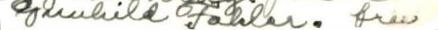
Gunhild Fahler. frau